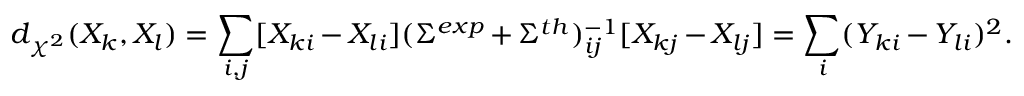
d _ { \chi ^ { 2 } } ( X _ { k } , X _ { l } ) = \sum _ { i , j } [ X _ { k i } - X _ { l i } ] ( \Sigma ^ { e x p } + \Sigma ^ { t h } ) _ { i j } ^ { - 1 } [ X _ { k j } - X _ { l j } ] = \sum _ { i } ( Y _ { k i } - Y _ { l i } ) ^ { 2 } .